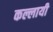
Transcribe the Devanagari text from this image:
कल्लायी